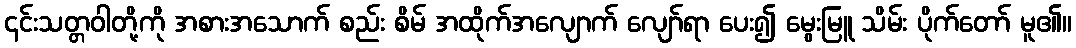
၎င်းသတ္တဝါတို့ကို အစားအသောက် စည်း စိမ် အထိုက်အလျောက် လျော်ရာ ပေး၍ မွေးမြူ သိမ်း ပိုက်တော် မူ၏။